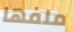
ملفها